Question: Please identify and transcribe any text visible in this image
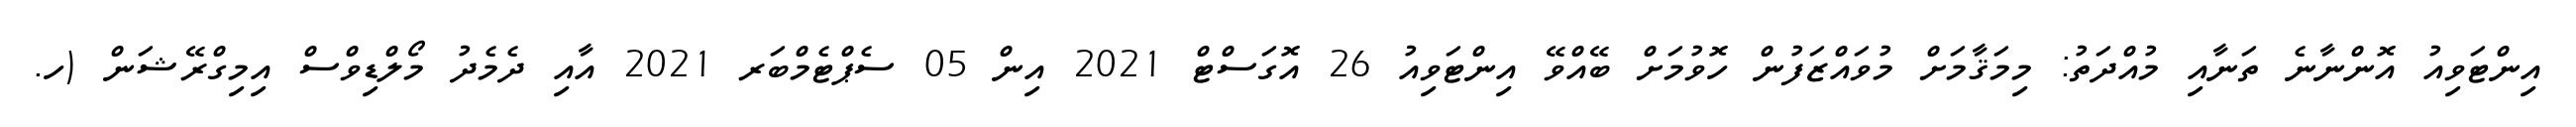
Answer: އިންޓަވިއު އޮންނާނެ ތަނާއި މުއްދަތު: މިމަޤާމަށް މުވައްޒަފުން ހޮވުމަށް ބޭއްވޭ އިންޓަވިއު 26 އޮގަސްޓް 2021 އިން 05 ސެޕްޓެމްބަރ 2021 އާއި ދެމެދު މޯލްޑިވްސް އިމިގްރޭޝަން (ހ.